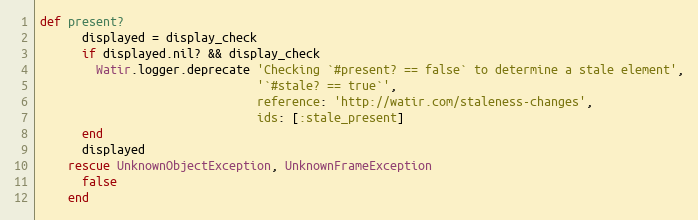
Language: Ruby
def present?
      displayed = display_check
      if displayed.nil? && display_check
        Watir.logger.deprecate 'Checking `#present? == false` to determine a stale element',
                               '`#stale? == true`',
                               reference: 'http://watir.com/staleness-changes',
                               ids: [:stale_present]
      end
      displayed
    rescue UnknownObjectException, UnknownFrameException
      false
    end